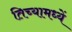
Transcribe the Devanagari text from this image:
तिच्यामध्यें